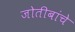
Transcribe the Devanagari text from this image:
जोतीबांचे